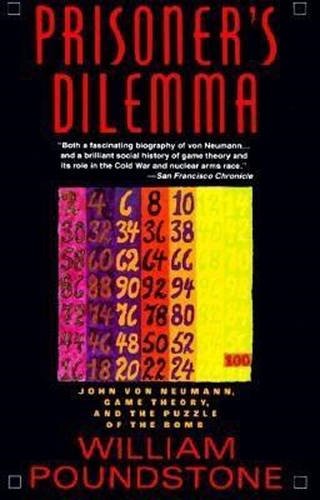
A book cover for Prisoner's Dilemma; William Poundstone; Science & Math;